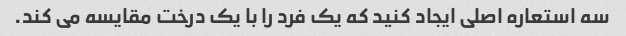
سه استعاره اصلی ایجاد کنید که یک فرد را با یک درخت مقایسه می کند.